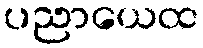
ပညာယေထ